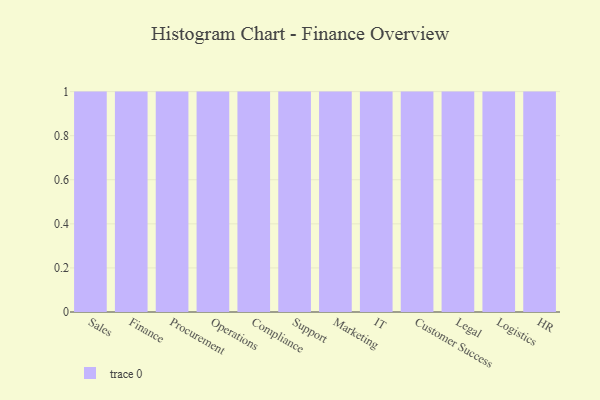
{"axis": {"x": "Department", "y": "Budget (USD K)"}, "legend": [""], "data": [{"x": "Sales", "y": 52, "type": ""}, {"x": "Finance", "y": 71, "type": ""}, {"x": "Procurement", "y": 96, "type": ""}, {"x": "Operations", "y": 73, "type": ""}, {"x": "Compliance", "y": 42, "type": ""}, {"x": "Support", "y": 26, "type": ""}, {"x": "Marketing", "y": 25, "type": ""}, {"x": "IT", "y": 41, "type": ""}, {"x": "Customer Success", "y": 53, "type": ""}, {"x": "Legal", "y": 38, "type": ""}, {"x": "Logistics", "y": 67, "type": ""}, {"x": "HR", "y": 4, "type": ""}]}